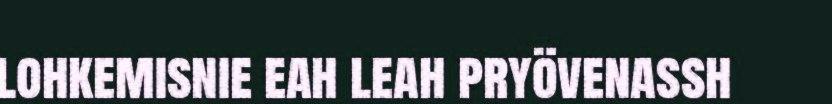
lohkemisnie eah leah pryövenassh